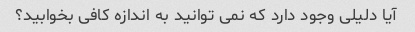
آیا دلیلی وجود دارد که نمی توانید به اندازه کافی بخوابید؟